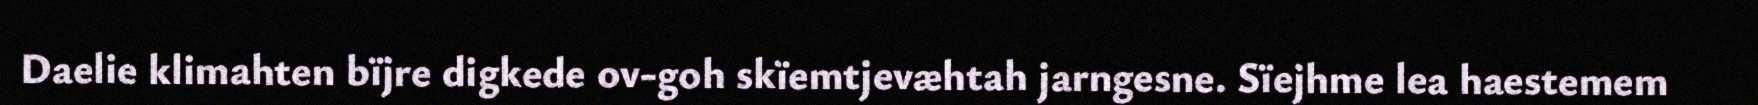
Daelie klimahten bïjre digkede ov-goh skïemtjevæhtah jarngesne. Sïejhme lea haestemem